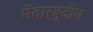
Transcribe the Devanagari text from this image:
मेदार्बुदीय